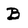
Character: B